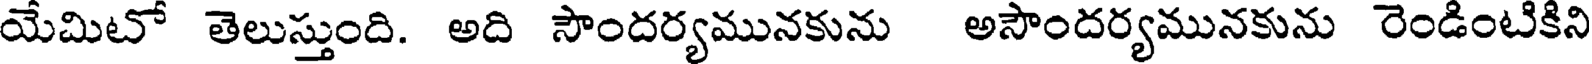
యేమిటో తెలుస్తుంది. అది సౌందర్యమునకును అసౌందర్యమునకును రెండింటికిని